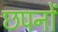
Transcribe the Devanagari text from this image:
छपनों